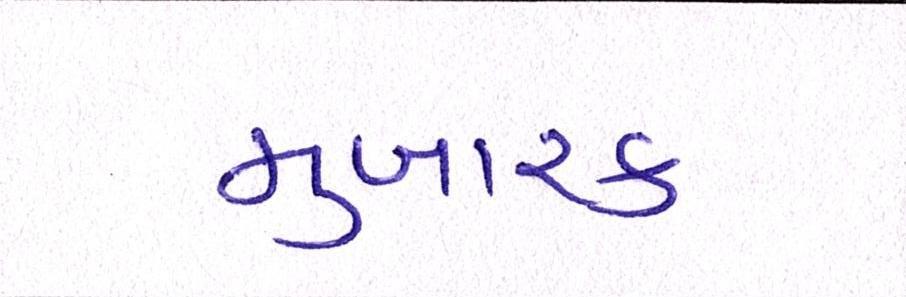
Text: મુબારક